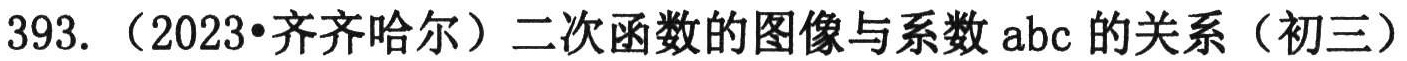
393.（2023•齐齐哈尔）二次函数的图像与系数abc的关系（初三）